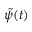
\tilde { \psi } ( t )